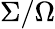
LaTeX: \Sigma/\Omega